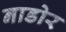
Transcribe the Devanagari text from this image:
नाडोर